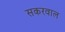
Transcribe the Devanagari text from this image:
सकरवाल